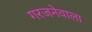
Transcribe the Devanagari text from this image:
गरजनेवाला